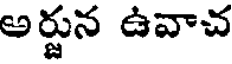
అర్జున ఉవాచ